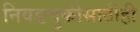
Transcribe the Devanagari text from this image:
निवडणुकीसाठीही